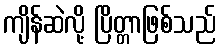
ကျိန်ဆဲလို့ ပြိတ္တာဖြစ်သည်